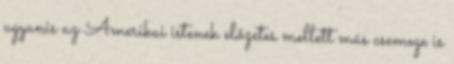
ugyanis az Amerikai istenek előzetes mellett más csemege is